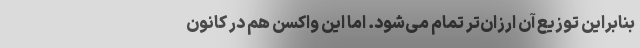
بنابراین توزیع آن ارزان‌تر تمام می‌شود. اما این واکسن هم در کانون